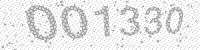
Solution: 001330